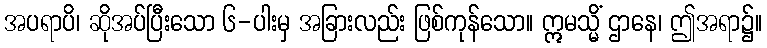
အပရာပိ၊ ဆိုအပ်ပြီးသော ၆-ပါးမှ အခြားလည်း ဖြစ်ကုန်သော။ ဣမသ္မိံ ဌာနေ၊ ဤအရာ၌။